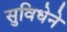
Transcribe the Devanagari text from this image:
सुविधेने